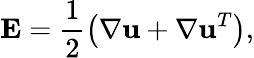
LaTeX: \mathbf{E}=\frac{1}{2}\left(\nabla\mathbf{u}+\nabla\mathbf{u}^{T}\right),